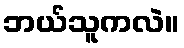
ဘယ်သူကလဲ။